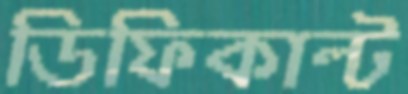
ডিফিকাল্ট